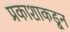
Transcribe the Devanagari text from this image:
प्रकाशाकडून